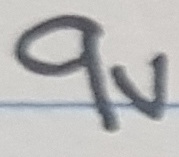
Text: 9V